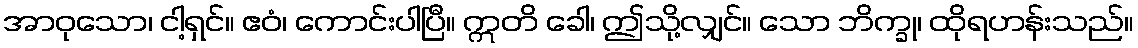
အာဝုသော၊ ငါ့ရှင်။ ဧဝံ၊ ကောင်းပါပြီ။ ဣတိ ခေါ၊ ဤသို့လျှင်။ သော ဘိက္ခု၊ ထိုရဟန်းသည်။